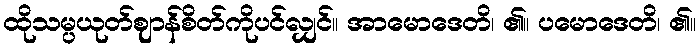
ထိုသမ္ပယုတ်ဈာန်စိတ်ကိုပင်လျှင်။ အာမောဒေတိ၊ ၏။ ပမောဒေတိ၊ ၏။